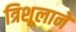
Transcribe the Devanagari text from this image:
त्रिशूलाने